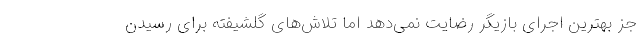
جز بهترین اجرای بازیگر رضایت نمی‌دهد اما تلاش‌های گلشیفته برای رسیدن